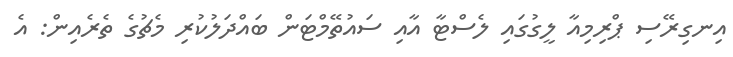
އިނގިރޭސި ޕްރިމިއާ ލީގުގައި ލެސްޓާ އާއި ސައުތޭމްޓަން ބައްދަލުކުރި މެޗުގެ ތެރެއިން: އެ